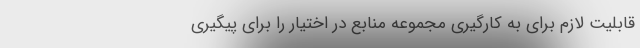
قابلیت لازم برای به کارگیری مجموعه منابع در اختیار را برای پیگیری